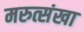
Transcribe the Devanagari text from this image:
मरुत्संखा